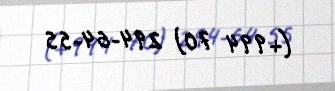
(+994 70) 294-64-55